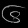
Digit: ၆